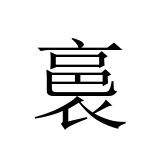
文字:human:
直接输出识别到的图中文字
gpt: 裛